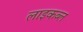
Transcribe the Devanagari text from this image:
लाइकब्ल